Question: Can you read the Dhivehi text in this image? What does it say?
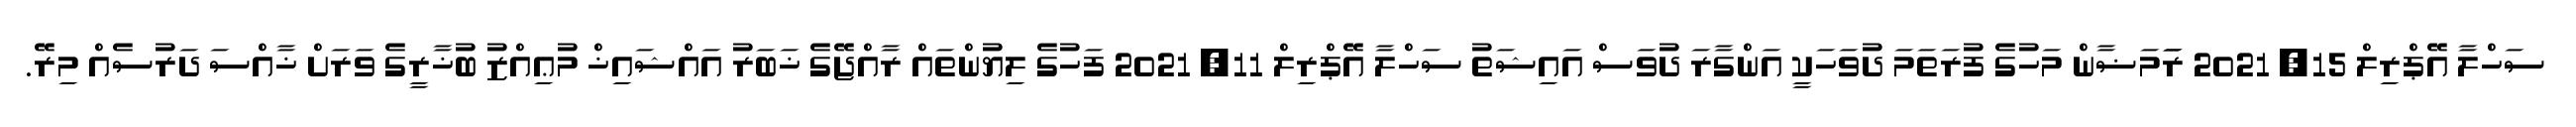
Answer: ސަހްލާ އޭޕްރިލް 15, 2021 ރަަމަޟާން މަހުގެ ފުރަތަމަ ދުވަހަކީ އަންގާރަ ދުވަސް އައިޝަތު ސަހްލާ އޭޕްރިލް 11, 2021 ފަހުގެ ލިޔުންތައް ރާއްޖޭގެ ޚަބަރު އައްޝައިޚް މުޢިއްޒު ބުޚާރީގެ ވަރަށް ޚާއްސަ ދަރުސެއް މިރޭ.